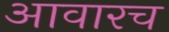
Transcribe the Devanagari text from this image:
आवारच